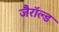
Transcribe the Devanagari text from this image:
जैरॉल्ड